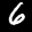
Label: 6